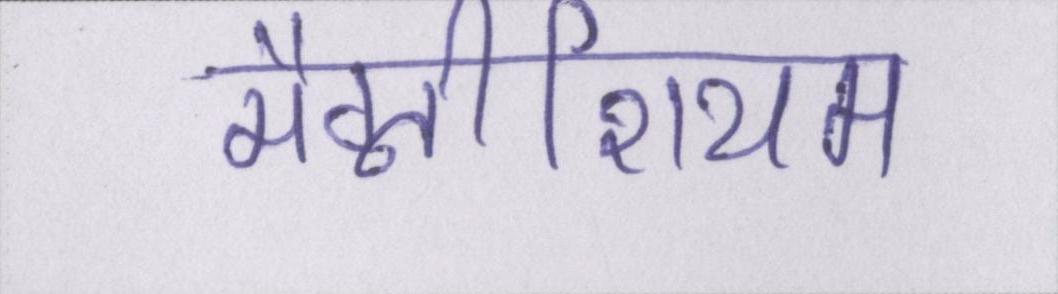
मैग्नीशियम